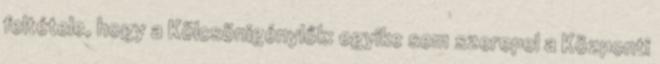
feltétele, hogy a Kölcsönigénylők: egyike sem szerepel a Központi